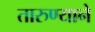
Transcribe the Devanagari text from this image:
तारुण्याने